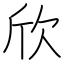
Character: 欣